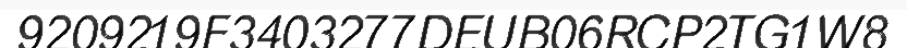
9209219F3403277DEUB06RCP2TG1W8